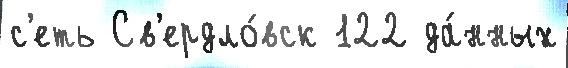
с'еть Св'ердло́вск 122 да́нных